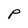
Character: P